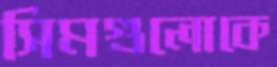
সিমগুলোকে